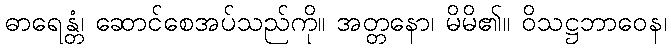
ဓာရေန္တံ၊ ဆောင်စေအပ်သည်ကို။ အတ္တနော၊ မိမိ၏။ ဝိသဋ္ဌဘာဝေန၊